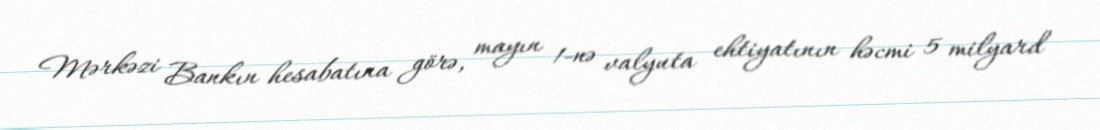
Mərkəzi Bankın hesabatına görə, mayın 1-nə valyuta ehtiyatının həcmi 5 milyard